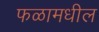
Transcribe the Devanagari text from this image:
फळामधील